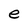
Character: e